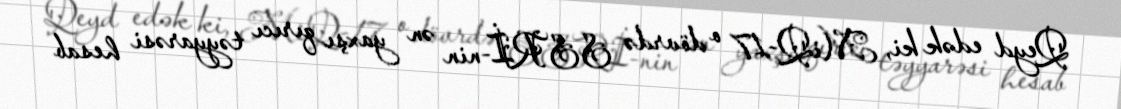
Qeyd edək ki, MiQ-17 o dövrdə SSRİ-nin ən yaxşı qırıcı təyyarəsi hesab